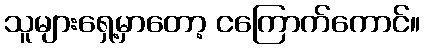
သူများရှေ့မှာတော့ ငကြောက်ကောင်။